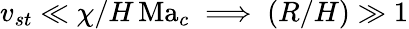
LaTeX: v_{st}\ll\chi/H\, \mathrm{Ma}_{c}\implies(R/H)\gg 1